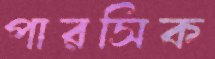
পারসিক